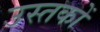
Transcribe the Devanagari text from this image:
उस्तकों